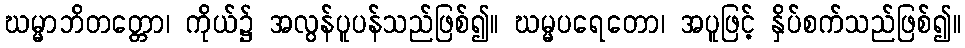
ဃမ္မာဘိတတ္တော၊ ကိုယ်၌ အလွန်ပူပန်သည်ဖြစ်၍။ ဃမ္မပရေတော၊ အပူဖြင့် နှိပ်စက်သည်ဖြစ်၍။